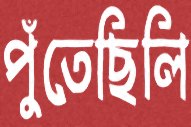
পুঁতেছিলি